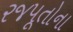
રજપૂતોના